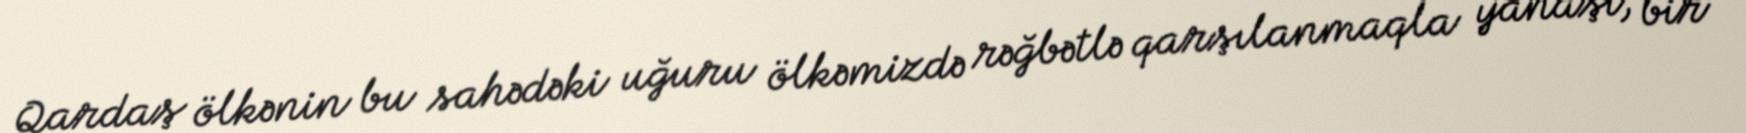
Qardaş ölkənin bu sahədəki uğuru ölkəmizdə rəğbətlə qarşılanmaqla yanaşı, bir